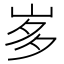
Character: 𭖚